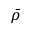
\bar { \rho }